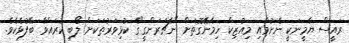
ރައީސް ޔާމީނަކީ ނެށުމާއި މިއުޒިކް ހިމެނޭގޮތަށް "ނާޗަރަންގީ"ގެ ކުޅިވަރުތަކަށް ލޯބި ކުރައްވާ ބޭފުޅެކެވެ.